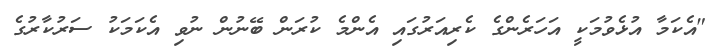
"އެކަމާ އުޅެވުމަކީ އަހަރެންގެ ކެރިއަރުގައި އެންމެ ކުރަން ބޭނުން ނުވި އެކަމަކު ސަރުކާރުގެ